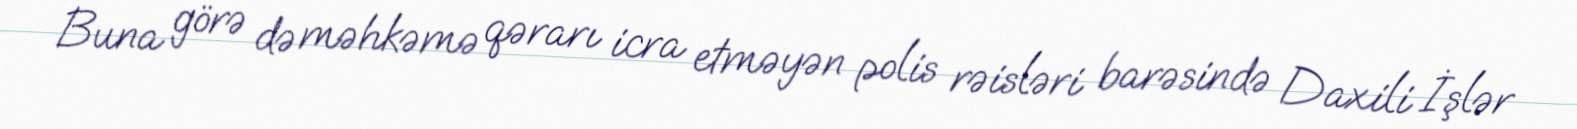
Buna görə də məhkəmə qərarı icra etməyən polis rəisləri barəsində Daxili İşlər